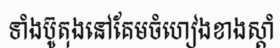
ទាំងប៊ូតុងនៅគែមចំហៀងខាងស្តាំ